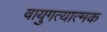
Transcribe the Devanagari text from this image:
वायुगत्यात्मक